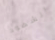
الشهود